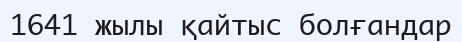
1641 жылы қайтыс болғандар